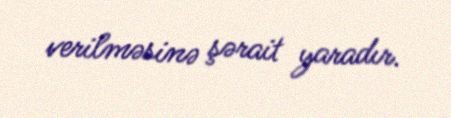
verilməsinə şərait yaradır.